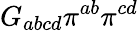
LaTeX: G_{abcd}\pi^{ab}\pi^{cd}